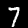
Label: 7